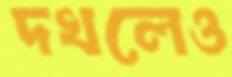
দখলেও